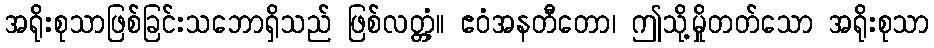
အရိုးစုသာဖြစ်ခြင်းသဘောရှိသည် ဖြစ်လတ္တံ့။ ဧဝံအနတီတော၊ ဤသို့မှိုတတ်သော အရိုးစုသာ